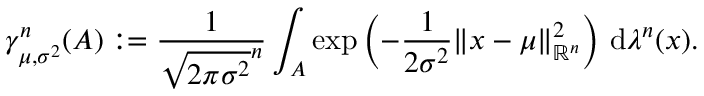
\gamma _ { \mu , \sigma ^ { 2 } } ^ { n } ( A ) : = { \frac { 1 } { { \sqrt { 2 \pi \sigma ^ { 2 } } } ^ { n } } } \int _ { A } \exp \left( - { \frac { 1 } { 2 \sigma ^ { 2 } } } \| x - \mu \| _ { \mathbb { R } ^ { n } } ^ { 2 } \right) \, \mathrm { d } \lambda ^ { n } ( x ) .